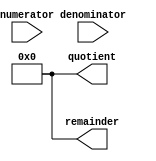
module srt_divider(
    input wire signed [31:0] numerator,
    input wire signed [31:0] denominator,
    output reg signed [31:0] quotient,
    output reg signed [31:0] remainder
);

reg [31:0] numerator_reg;
reg [31:0] denominator_reg;
reg [31:0] quotient_reg;
reg [31:0] remainder_reg;

reg signed [31:0] partial_dividend;
reg signed [31:0] partial_remainder;
reg signed [31:0] difference;

integer i;

always @(numerator, denominator) begin
    numerator_reg <= numerator;
    denominator_reg <= denominator;

    quotient_reg <= 0;
    remainder_reg <= 0;
end

always @(*) begin
    partial_dividend = numerator_reg;
    partial_remainder = denominator_reg;
	
    for(i = 0; i < 32; i = i + 1) begin
        difference = partial_dividend - partial_remainder;

        if(difference >= 0) begin
            quotient_reg[i] = 1;
            partial_dividend = difference;
        end else begin
            quotient_reg[i] = 0;
        end

        partial_dividend = partial_dividend << 1;
    end

    remainder_reg = partial_dividend;
end

assign quotient = quotient_reg;
assign remainder = remainder_reg;

endmodule